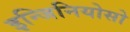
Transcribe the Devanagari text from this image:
इन्जिनियोसो